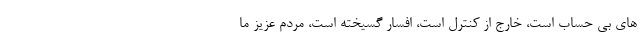
های بی حساب است، خارج از کنترل است، افسار گسیخته است، مردم عزیز ما